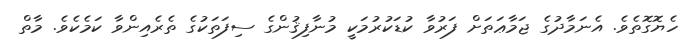
ހެޔޮގޮތެވެ. އެނަމާދުގެ ޖަމާޢަތަށް ފަރުވާ ކުޑަކުރުމަކީ މުނާފިޤުންގެ ސިފަތަކުގެ ތެރެއިންވާ ކަމެކެވެ. މާތް